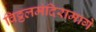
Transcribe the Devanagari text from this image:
विठ्ठलमंदिरामागे